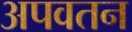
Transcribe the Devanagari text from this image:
अपवतन